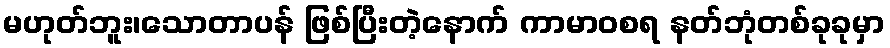
မဟုတ်ဘူး၊သောတာပန် ဖြစ်ပြီးတဲ့နောက် ကာမာဝစရ နတ်ဘုံတစ်ခုခုမှာ